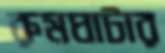
রুমঘাটার